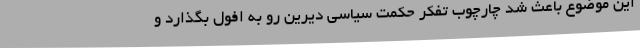
این موضوع باعث شد چارچوب تفکر حکمت سیاسی دیرین رو به افول بگذارد و